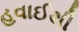
હવાઈથી